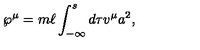
{ \wp } ^ { \mu } = m \ell \int _ { - \infty } ^ { s } d \tau v ^ { \mu } a ^ { 2 } ,